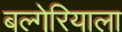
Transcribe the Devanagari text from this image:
बल्गेरियाला